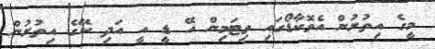
މީގެ އިތުރުން އެވޮކާޑޯގައި ވިޓަމިން އޭ ޑީ އީ އަދި ކޭގެ އިތުރުން